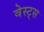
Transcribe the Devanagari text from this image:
वेस्ट्स